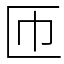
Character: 匝